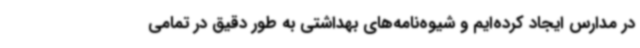
در مدارس ایجاد کرده‌ایم و شیوه‌نامه‌های بهداشتی به طور دقیق در تمامی